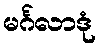
မင်္ဂလာဒုံ